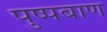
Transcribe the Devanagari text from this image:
पुष्पबाण